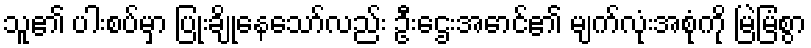
သူ၏ ပါးစပ်မှာ ပြုံးချိုနေသော်လည်း ဦးဌေးအောင်၏ မျက်လုံးအစုံကို မြဲမြံစွာ